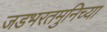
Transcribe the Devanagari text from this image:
जडभरतमुनिच्या